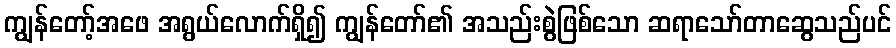
ကျွန်တော့်အဖေ အရွယ်လောက်ရှိ၍ ကျွန်တော်၏ အသည်းစွဲဖြစ်သော ဆရာသော်တာဆွေသည်ပင်